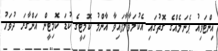
އިންޓަވިއު ޕެނަލެއްގެ ގޮތުގައި އެކުލަވާލާފައިވާ އާންމު ކޮމިޓީގެ ކުޑަ ކޮމިޓީން އަންގާރަ ދުވަހު